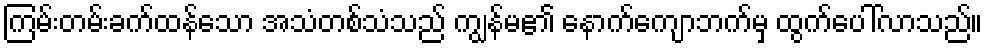
ကြမ်းတမ်းခက်ထန်သော အသံတစ်သံသည် ကျွန်မ၏ နောက်ကျောဘက်မှ ထွက်ပေါ်လာသည်။